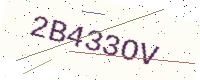
Text: 2B433OV